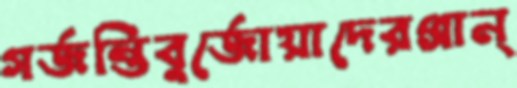
গর্জন্তিবুর্জোয়াদেরপ্রান্